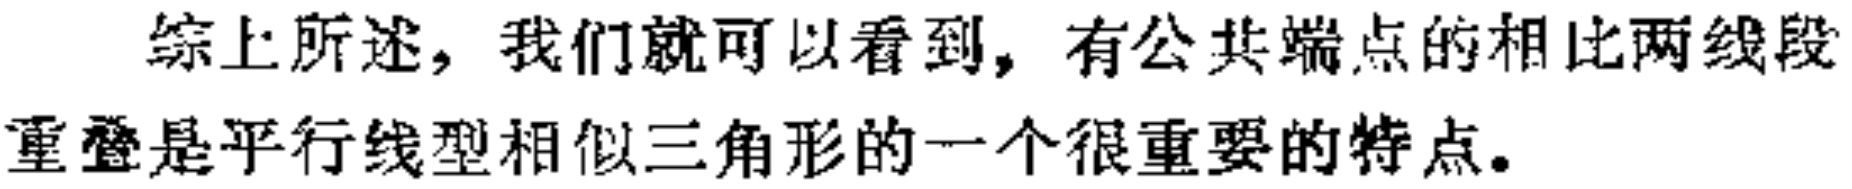
综上所述，我们就可以看到，有公共端点的相比两线段重叠是平行线型相似三角形的一个很重要的特点。